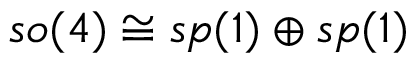
{ \mathfrak { s o } } ( 4 ) \cong { \mathfrak { s p } } ( 1 ) \oplus { \mathfrak { s p } } ( 1 )